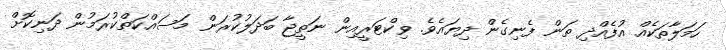
ހަމަލާތަކެއް އުފެއްދި ތަން ފެނިގެން ދިޔައެވެ. ވިކްޓަރީއިން ނަތީޖާ ބަދަލުކުރަން މަސައްކަތްކުރަމުން ދަނިކޮށް